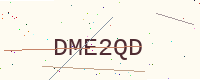
Text: DME2QD